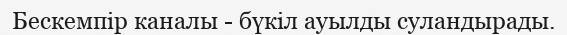
Бескемпір каналы - бүкіл ауылды суландырады.